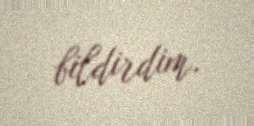
bildirdim.